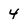
Character: 4